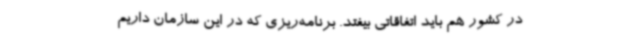
در کشور هم باید اتفاقاتی بیفتد. برنامه‌ریزی که در این سازمان داریم